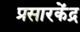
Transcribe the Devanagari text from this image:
प्रसारकेंद्र